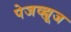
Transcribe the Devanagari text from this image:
पेजव्ह्यूज